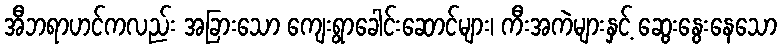
အီဘရာဟင်ကလည်း အခြားသော ကျေးရွာခေါင်းဆောင်များ၊ ကီးအကဲများနှင့် ဆွေးနွေးနေသော